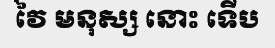
វៃ មនុស្ស នោះ ទើប